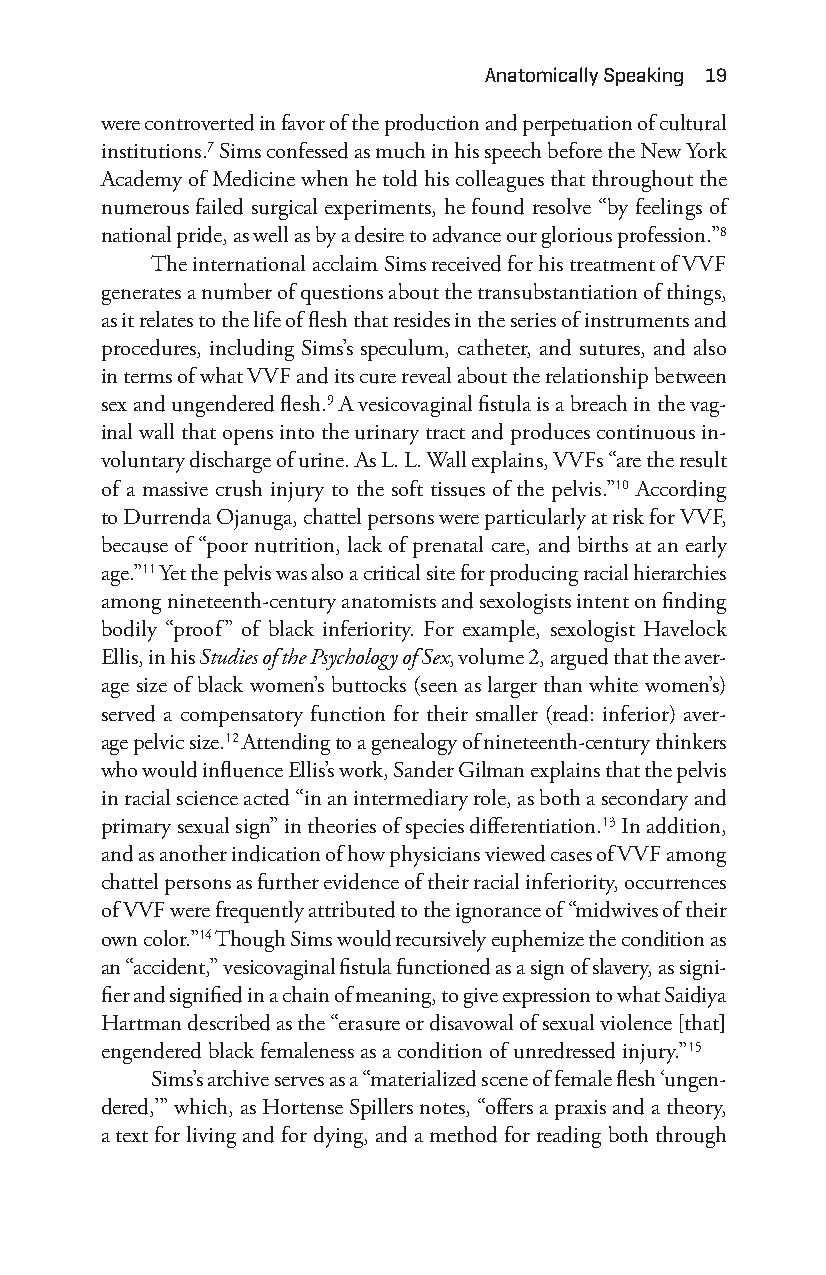
anatomically Speaking 19
 were controverted in favor of the production and perpetuation of cultural
 institutions.7 Sims confessed as much in his speech before the New York
 Academy of Medicine when he told his colleagues that throughout the
 numerous failed surgical experiments, he found resolve “by feelings of
 national pride, as well as by a desire to advance our glorious profession.”8
 The international acclaim Sims received for his treatment of VVF
 generates a number of questions about the transubstantiation of things,
 as it relates to the life of flesh that resides in the series of instruments and
 procedures, including Sims’s speculum, catheter, and sutures, and also
 in terms of what VVF and its cure reveal about the relationship between
 sex and ungendered flesh.9 A vesicovaginal fistula is a breach in the vag-
 inal wall that opens into the urinary tract and produces continuous in-
 voluntary discharge of urine. As L. L. Wall explains, VVFs “are the result
 of a massive crush injury to the soft tissues of the pelvis.”10 According
 to Durrenda Ojanuga, chattel persons were particularly at risk for VVF,
 because of “poor nutrition, lack of prenatal care, and births at an early
 age.”11 Yet the pelvis was also a critical site for producing racial hierarchies
 among nineteenth- century anatomists and sexologists intent on finding
 bodily “proof” of black inferiority. For example, sexologist Havelock
 Ellis, in his Studies of the Psychology of Sex, volume 2, argued that the aver-
 age size of black women’s buttocks (seen as larger than white women’s)
 served a compensatory function for their smaller (read: inferior) aver-
 age pelvic size.12 Attending to a genealogy of nineteenth-c entury thinkers
 who would influence Ellis’s work, Sander Gilman explains that the pelvis
 in racial science acted “in an intermediary role, as both a secondary and
 primary sexual sign” in theories of species differentiation.13 In addition,
 and as another indication of how physicians viewed cases of VVF among
 chattel persons as further evidence of their racial inferiority, occurrences
 of VVF were frequently attributed to the ignorance of “midwives of their
 own color.”14 Though Sims would recursively euphemize the condition as
 an “accident,” vesicovaginal fistula functioned as a sign of slavery, as signi-
 fier and signified in a chain of meaning, to give expression to what Saidiya
 Hartman described as the “erasure or disavowal of sexual violence [that]
 engendered black femaleness as a condition of unredressed injury.”15
 Sims’s archive serves as a “materialized scene of female flesh ‘ungen-
 dered,’” which, as Hortense Spillers notes, “offers a praxis and a theory,
 a text for living and for dying, and a method for reading both through
 Snorton.indd 19                             29/09/2017 8:40:57 AM